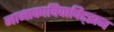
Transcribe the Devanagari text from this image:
नानाकाचिपाक्ट्झिन